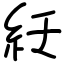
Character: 紝